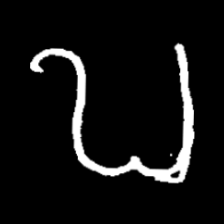
Pyu character \u2014 Myanmar letter: ဎ (romanized: ddha)